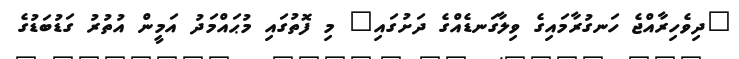
"ދިވެހިރާއްޖެ ހަނގުރާމައިގެ ވިލާގަނޑެއްގެ ދަށުގައި" މި ފޮތުގައި މުޙައްމަދު އަމީން އުތުރު ގަޑުބަޑުގެ